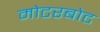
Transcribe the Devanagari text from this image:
मोटरबोट